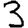
Digit: 3